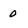
Character: 0